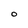
Character: O